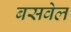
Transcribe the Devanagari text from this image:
बसवेल